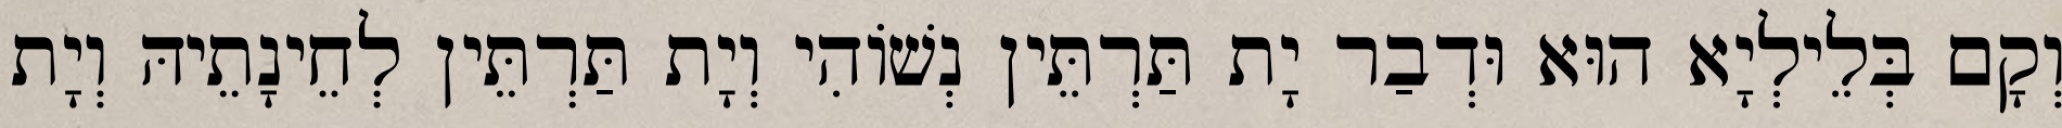
וְקָם בְּלֵילְיָא הוּא וּדְבַר יָת תַּרְתֵּין נְשׁוֹהִי וְיָת תַּרְתֵּין לְחֵינָתֵיהּ וְיָת